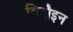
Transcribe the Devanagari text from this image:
बिदौइन